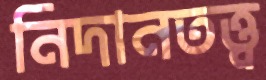
নিদানতত্ত্ব